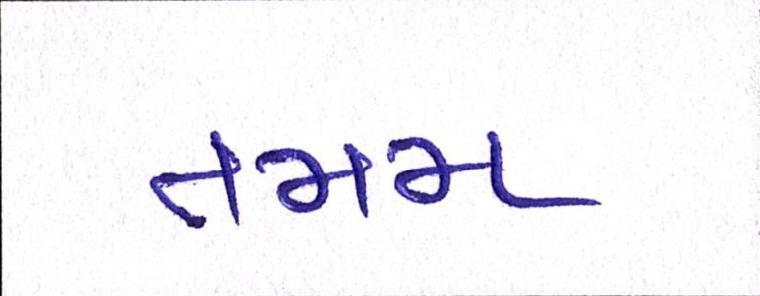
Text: તમમ